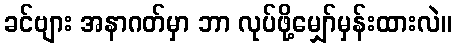
ခင်ဗျား အနာဂတ်မှာ ဘာ လုပ်ဖို့မျှော်မှန်းထားလဲ။